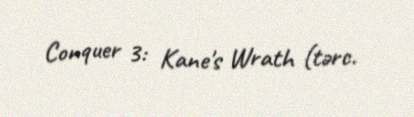
Conquer 3: Kane's Wrath (tərc.